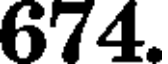
674.